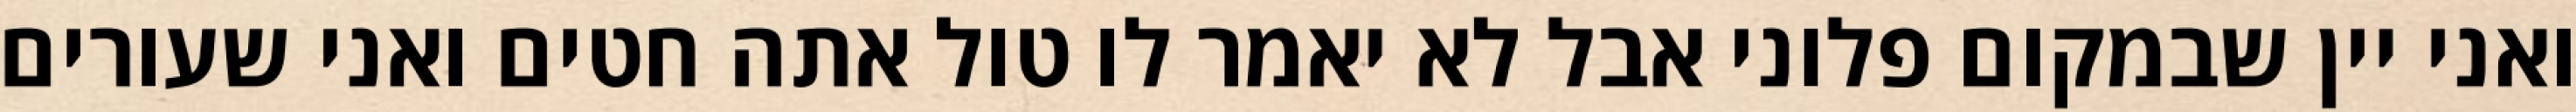
ואני יין שבמקום פלוני אבל לא יאמר לו טול אתה חטים ואני שעורים